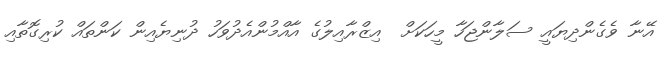
އޭނާ ވެގެންދިޔައީ ސަލާންޖަހާ މީހަކަށް  އިޒްރާއިލުގެ އާއްމުންއެދުވަހު ދުނިޔެއިން ކަންތައް ކުރިގޮތާއި